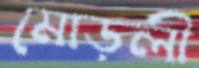
মোড়লী